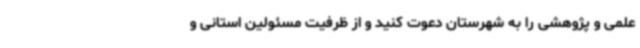
علمی و پژوهشی را به شهرستان دعوت کنید و از ظرفیت مسئولین استانی و